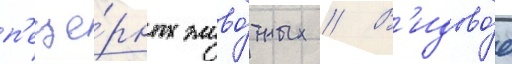
п'еще́рных живо́тных // В'идово́е